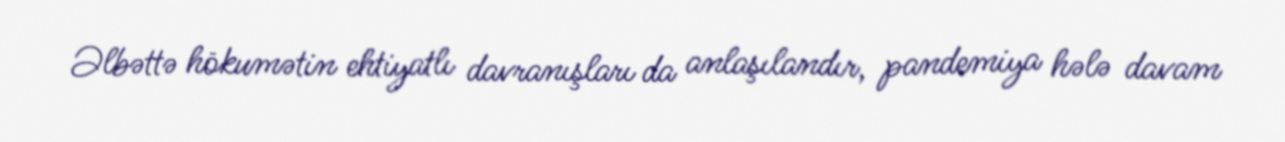
Əlbəttə hökumətin ehtiyatlı davranışları da anlaşılandır, pandemiya hələ davam